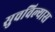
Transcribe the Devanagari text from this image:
सुचविल्यास